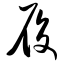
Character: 履